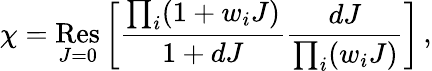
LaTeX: \chi=\mathop{\mathrm{Res}}_{J=0}\left[\frac{\prod_{i}(1+w_{i}J)}{1+dJ}\frac{dJ}{\prod_{i}(w_{i}J)}\right]\, ,